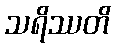
သရိဿတိ